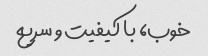
خوب، با کیفیت و سریع